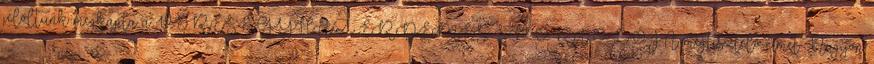
jelöltünk megkapta a VERESEGYHÁZ ÉRDEMES SPORTOLÓJA megtisztelő címet Nagyon